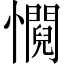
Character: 㦦